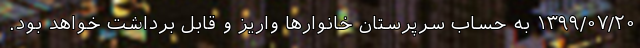
۱۳۹۹/۰۷/۲۰ به حساب سرپرستان خانوار‌ها واریز و قابل برداشت خواهد بود.